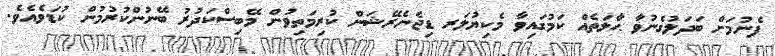
ފެނުމަށް ބަދަލުގެނުވާ ޙާލަތެއް ކަމުގައިވާ މެކިޔުލަރ ޑިޖެނެރޭޝަން ކުރިމަތިވުން މޭބިސްކަދުރު ބޭނުންކުރުމުން ކުޑަވެއެވެ.